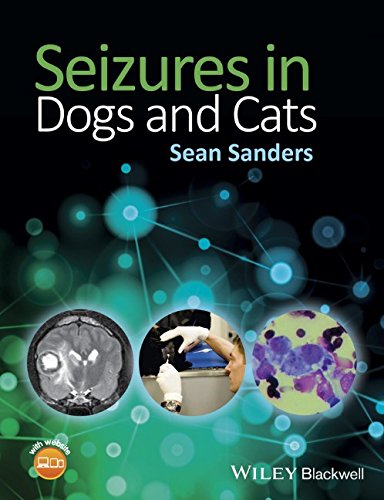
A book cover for Seizures in Dogs and Cats; Sean Sanders; Medical Books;